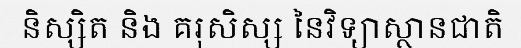
និស្សិត និង គរុសិស្ស នៃវិទ្យាស្ថានជាតិ